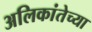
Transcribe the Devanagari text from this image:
अलिकांतेच्या